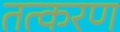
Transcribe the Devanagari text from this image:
तत्करण